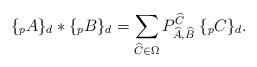
LaTeX: \begin{align*}\{ {}_p A\}_d * \{ {}_p B\}_d= \sum_{\widehat C\in \Omega} P_{\widehat A, \widehat B}^{\widehat C} \;\{ {}_p C\}_d.\end{align*}